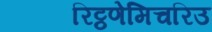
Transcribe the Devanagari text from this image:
रिट्ठणेमिचरिउ